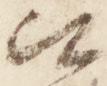
比